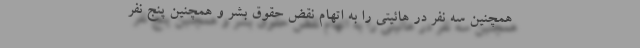
همچنین سه نفر در هائیتی را به اتهام نقض حقوق بشر و همچنین پنج نفر